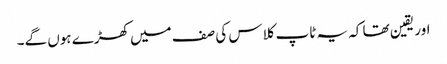
اور یقین تھا کہ یہ ٹاپ کلاس کی صف میں کھڑے ہوں گے۔